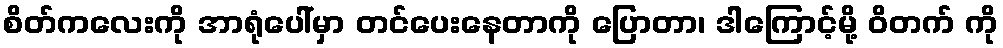
စိတ်ကလေးကို အာရုံပေါ်မှာ တင်ပေးနေတာကို ပြောတာ၊ ဒါကြောင့်မို့ ဝိတက် ကို